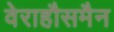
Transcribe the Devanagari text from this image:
वेराहौसमैन